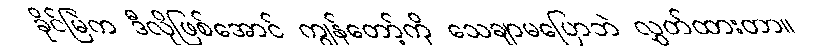
ခိုင်မြဲက ဒီလိုဖြစ်အောင် ကျွန်တော့်ကို သေချာမပြောဘဲ လွှတ်ထားတာ။